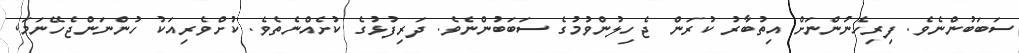
ސަބަބުންނެވެ. ފިރިހެނުންނަށް އިތުބާރު ކުރަން ޖެހިލުންވުމުގެ ސަބަބުންނެވެ. ދަރިފުޅުގެ ކުށެއްނެތެވެ. ކުށްވެރިއަކު ހުންނަންޖެހޭނަމަ